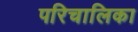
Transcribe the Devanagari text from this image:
परिचालिका